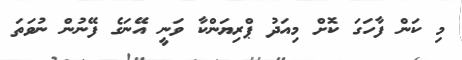
މި ކަން ފާހަގަ ކޮށް މިއަދު ޕްރިޔަންކާ ވަނީ އޭނަގެ ފޭނުން ނުވަތަ